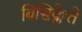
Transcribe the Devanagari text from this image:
बिसिक्लेत्ते